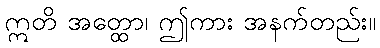
ဣတိ အတ္ထော၊ ဤကား အနက်တည်း။